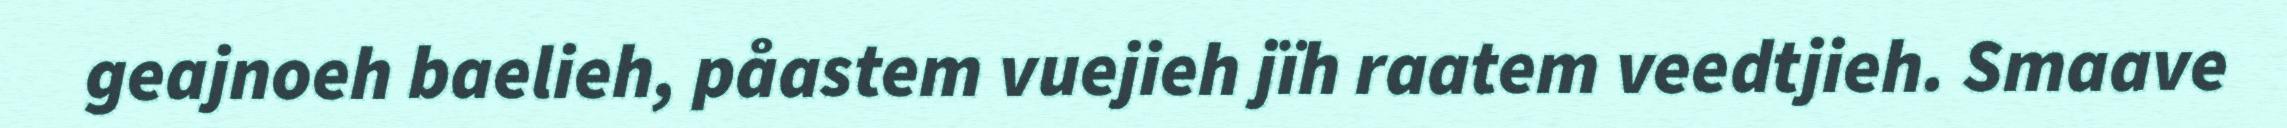
geajnoeh baelieh, påastem vuejieh jïh raatem veedtjieh. Smaave